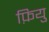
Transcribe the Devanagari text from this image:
फ़ियु